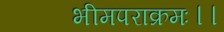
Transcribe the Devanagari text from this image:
भीमपराक्रमः।।